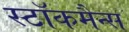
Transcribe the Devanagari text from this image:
स्टॉकमैन्स